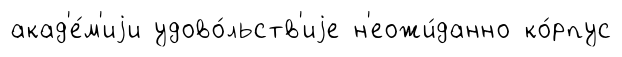
акад'е́м'иjи удово́льств'иjе н'еожи́данно ко́рпус